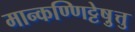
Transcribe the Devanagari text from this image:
मान्कण्णिट्टेषु़त्तु